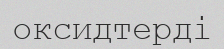
оксидтерді